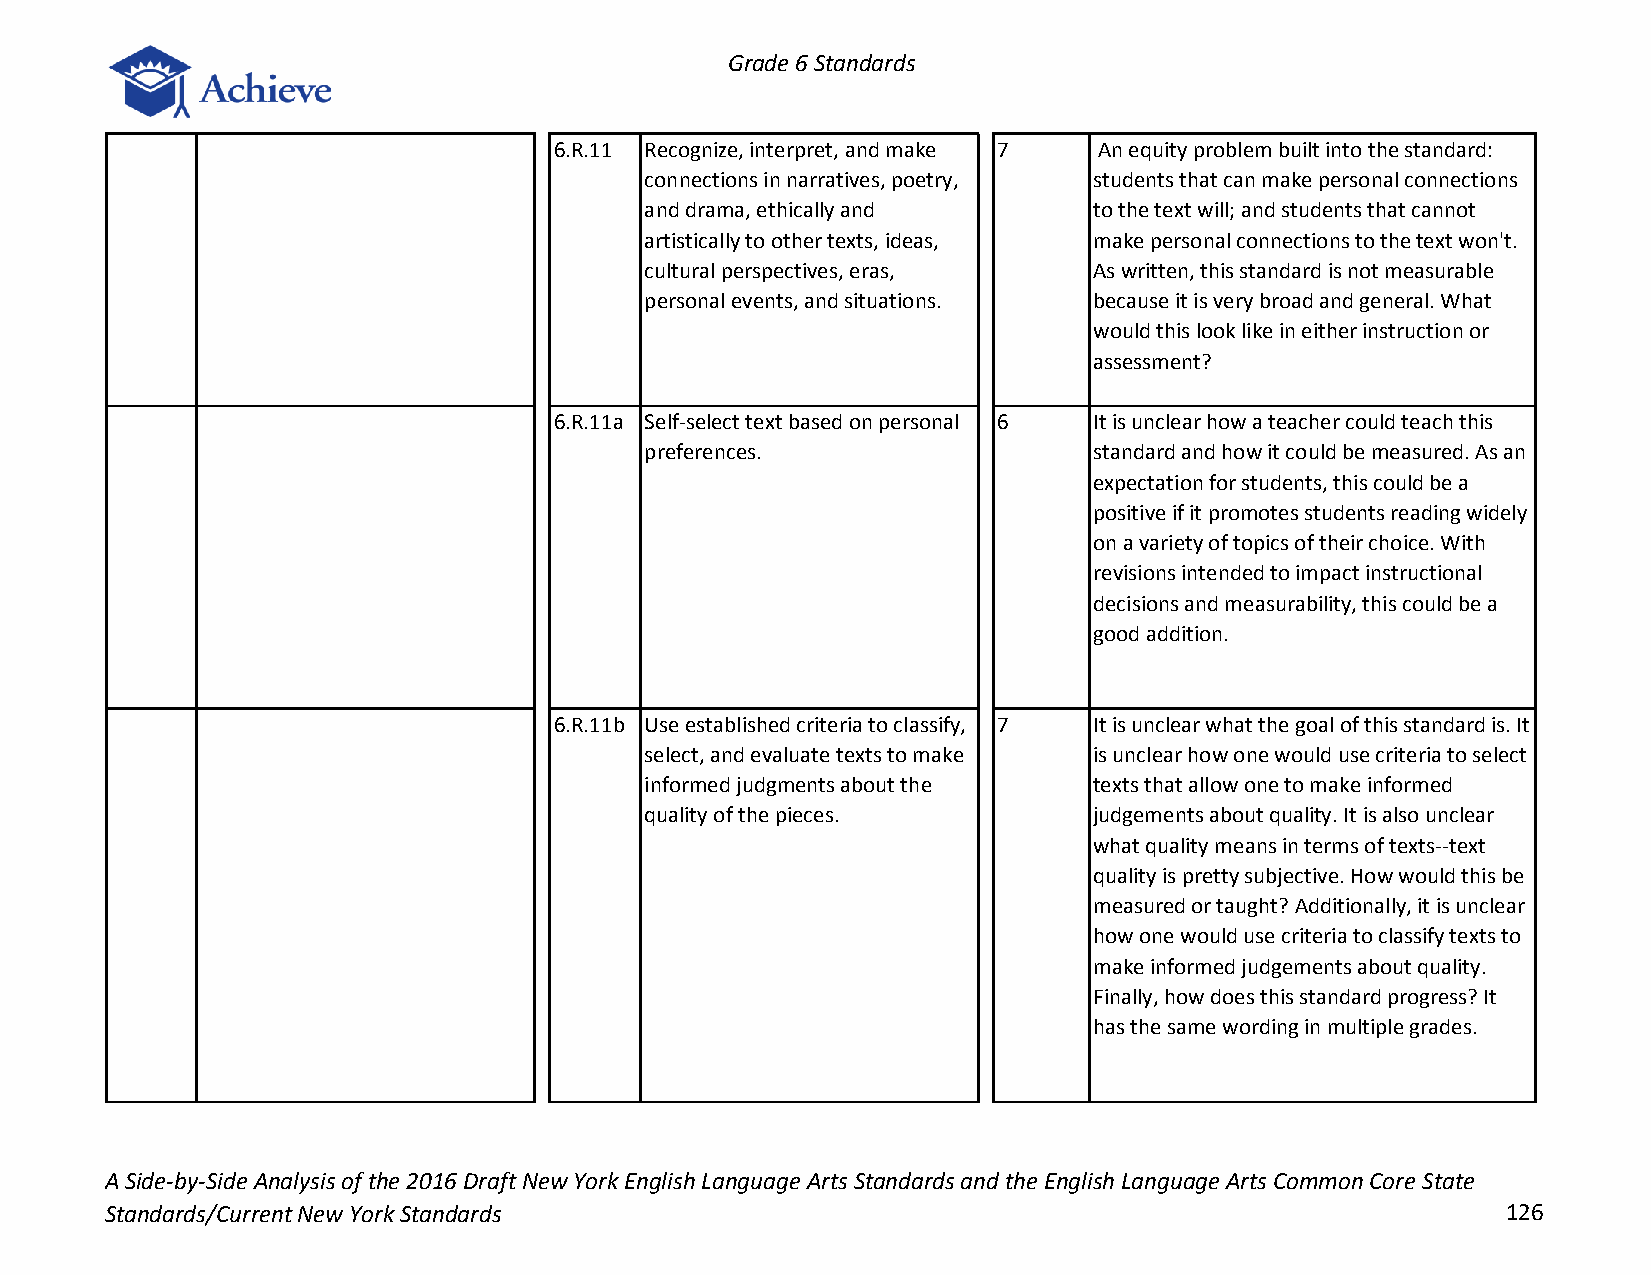
Grade 6 Standards
 6.R.11 Recognize, interpret, and make 7 An equity problem built into the standard:
 connections in narratives, poetry, students that can make personal connections
 and drama, ethically and     to the text will; and students that cannot
 artistically to other texts, ideas, make personal connections to the text won't.
 cultural perspectives, eras, As written, this standard is not measurable
 personal events, and situations. because it is very broad and general. What
 would this look like in either instruction or
 assessment?
 6.R.11a Self-select text based on personal 6 It is unclear how a teacher could teach this
 preferences.                 standard and how it could be measured. As an
 expectation for students, this could be a
 positive if it promotes students reading widely
 on a variety of topics of their choice. With
 revisions intended to impact instructional
 decisions and measurability, this could be a
 good addition.
 6.R.11b Use established criteria to classify, 7 It is unclear what the goal of this standard is. It
 select, and evaluate texts to make is unclear how one would use criteria to select
 informed judgments about the texts that allow one to make informed
 quality of the pieces.       judgements about quality. It is also unclear
 what quality means in terms of texts--text
 quality is pretty subjective. How would this be
 measured or taught? Additionally, it is unclear
 how one would use criteria to classify texts to
 make informed judgements about quality.
 Finally, how does this standard progress? It
 has the same wording in multiple grades.
 A Side-by-Side Analysis of the 2016 Draft New York English Language Arts Standards and the English Language Arts Common Core State
 Standards/Current New York Standards                                                         126